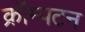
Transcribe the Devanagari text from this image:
क्रॉम्पटन